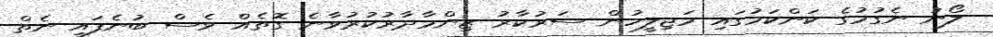
ލޯނު ނެގުމުގެ ކަންކަމުގައި މަޖިލީހުން ސަރުކާރު ޒިންމާދާރުކުރުވާނެ ގޮތެއް ވެސް ބުނެފައި ނެތް